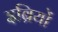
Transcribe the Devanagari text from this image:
इब्रियों